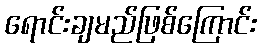
ရောင်းချမည်ဖြစ်ကြောင်း